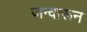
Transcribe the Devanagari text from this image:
जन्वारून